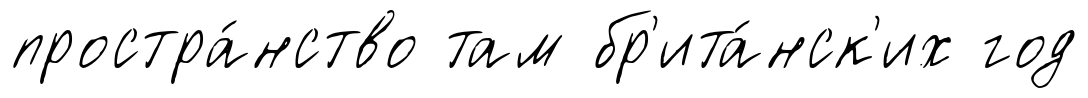
простра́нство там бр'ита́нск'их год